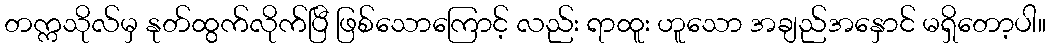
တက္ကသိုလ်မှ နုတ်ထွက်လိုက်ပြီ ဖြစ်သောကြောင့် လည်း ရာထူး ဟူသော အချည်အနှောင် မရှိတော့ပါ။